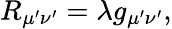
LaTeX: R_{\mu^{\prime}\nu^{\prime}}=\lambda g_{\mu^{\prime}\nu^{\prime}},